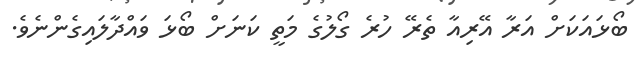
ބޯޅައަކަށް އަރާ އޭރިއާ ތެރޭ ހުރެ ގޯލުގެ މަތީ ކަނަށް ބޯޅަ ވައްދާލައިގެންނެވެ.